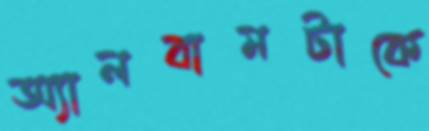
অ্যালবামটাকে